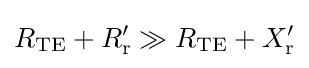
R_{\text{TE}}+R_{\text{r}}'\gg R_{\text{TE}}+X_{\text{r}}'